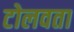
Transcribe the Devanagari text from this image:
टोलवता